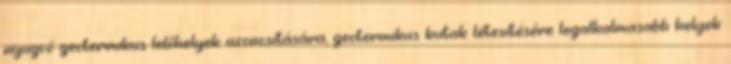
nyugvó geotermikus lelőhelyek azonosítására, geotermikus kutak létesítésére legalkalmasabb helyek